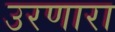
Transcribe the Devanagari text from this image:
उरणारा